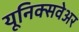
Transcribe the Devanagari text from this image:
यूनिक्सवेअर